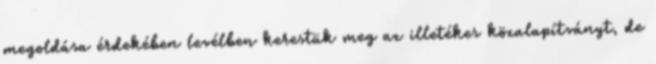
megoldása érdekében levélben kerestük meg az illetékes közalapítványt, de